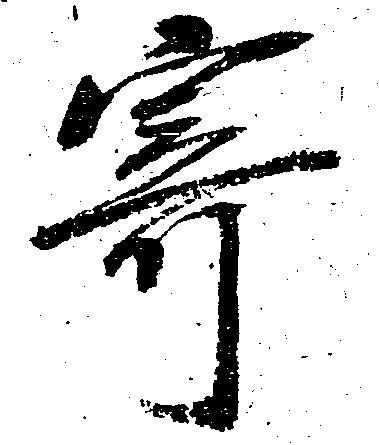
寄